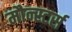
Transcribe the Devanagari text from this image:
मौन्स्टर्स